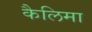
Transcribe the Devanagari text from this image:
कैलिमा